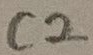
Text: C2